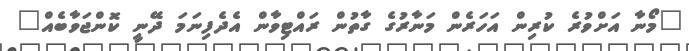
"މޯނާ އަށްވުރެ ކުރިން އަހަރެން މަނާރުގެ ގާތުން ރައްޓިވާން އެދެފިނަމަ ދޭނީ ކޮންޖަވާބެއް"